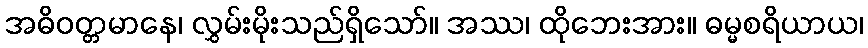
အဓိဝတ္တမာနေ၊ လွှမ်းမိုးသည်ရှိသော်။ အဿ၊ ထိုဘေးအား။ ဓမ္မစရိယာယ၊